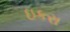
ઇકરા